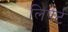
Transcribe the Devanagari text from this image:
लिपर्ट